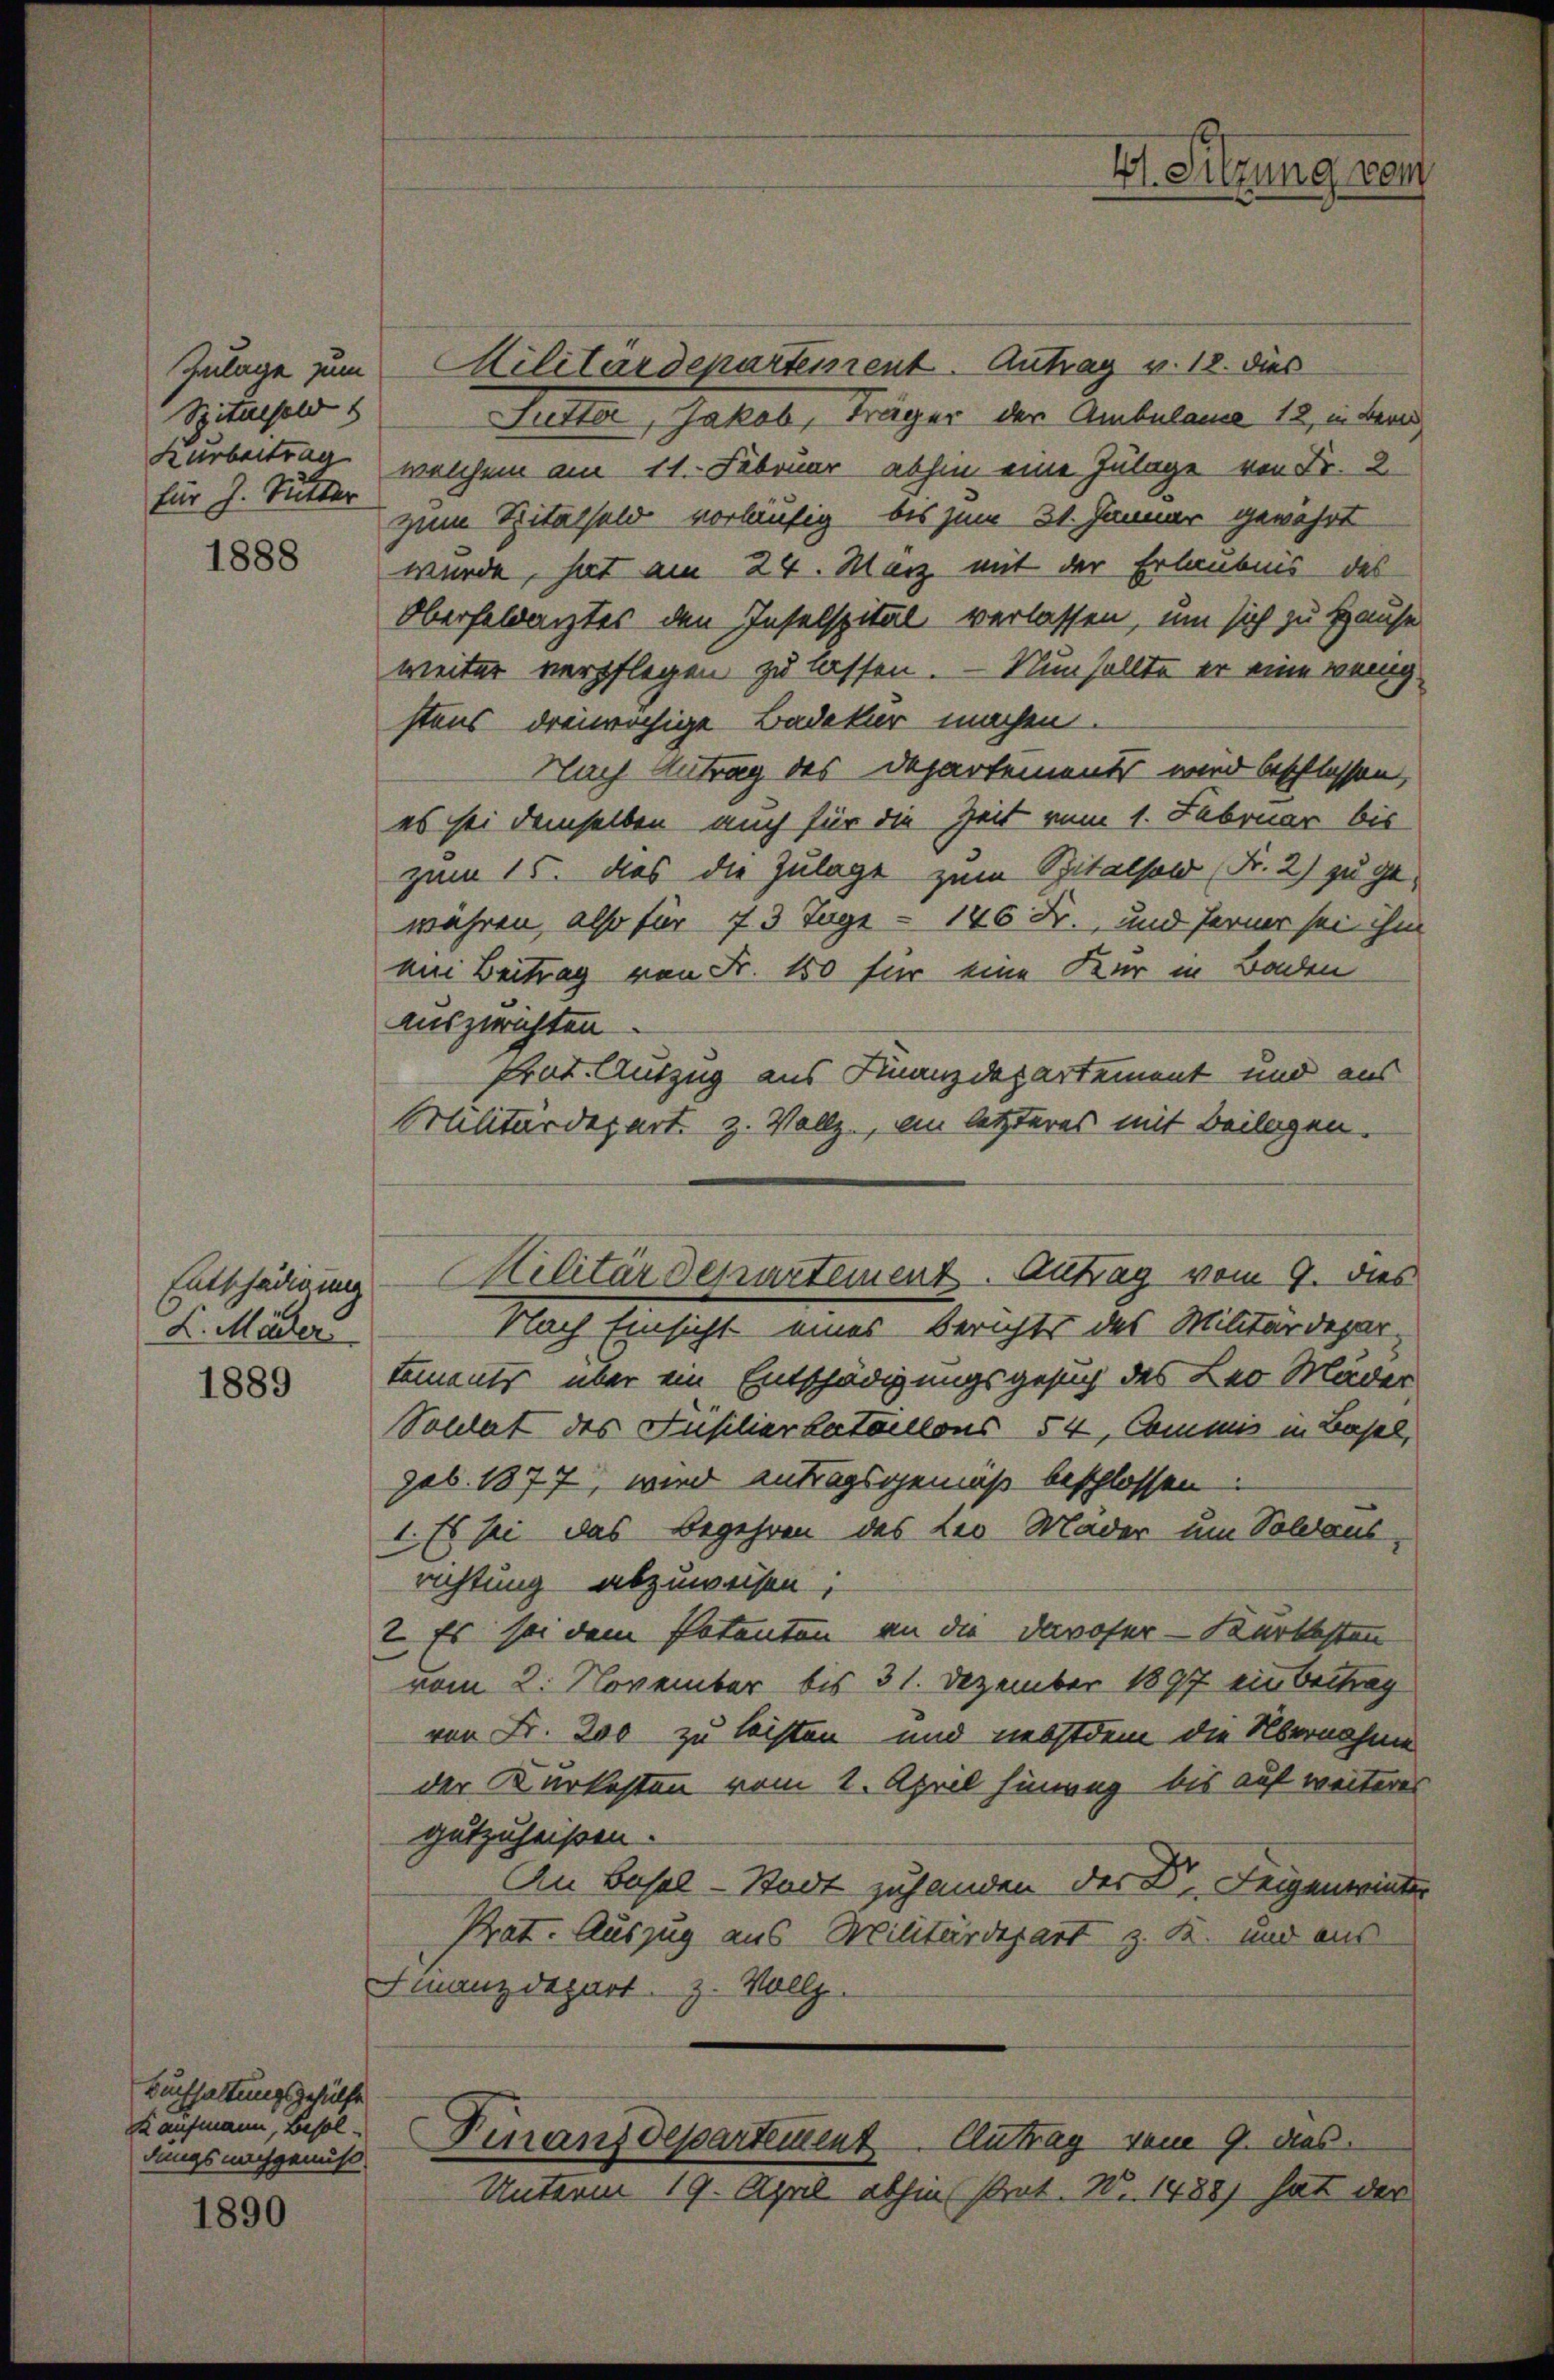
Spitalfold s
für J. Sutter
1888

Entschädigung
L. Mäder.
1889

1890

Zulage zum Militärdepartement. Antrag v. 18. dies
Sutter, Jakob, träger der Ambulane 12, in Bern
Kurbertrag, welchem am 11. Februar abhin eine Zulage von Fr. 2
zum Ritalfeld vorläufig bis zum 31. Januar gewährt
würde, hat am 24. März mit der Erlaubnis des
Oberfeldarztes den Inselspital verlassen, um sich zu Hause
weiter verpflegen zu lassen. — Nun sollte er eine wenigstens dreiwöchige Badekur machen.
Nach Antrag des Departements wird beschlossen,
es sei demselben auch für die Zeit vom 1. Februar bis
zum 15. das die Zulage zum Spitalfold Fr. 2) zu gewahren, also für 7 3 Tage - 146 Fr., und ferner sei ihm
an Beitrag von Fr. 150 für eine Kur in Baden
auszurichten.
Prat. Auszug aus Finanzdepartement und aus
Militärdepart z. Vollz, am letzteres mit Beilagen.
Nach Einsicht eines Berichts des Militärdepar-
tements über ein Entschädigungsgesuch des Leo Mäder
Soldat des Füsilierbataillons 54, Commis in Basel,
sub. 1877, wird antragsgemäß beschlossen.
1. Es sei das Begehren des Leo Mader um Soldaus
richtung abzuweisen;
2. Es sei dem Patenten an die Davoser-Karkosten
vom 2. November bis 31. Dezember 1897 ein Beitrag
von Fr. 200 zu leisten und nebstdem die Übernahme
der Kurkosten vom 1. April hinweg bis auf weiteres
gutzuheißen.
An Basel-Stadt zu handen der Dr. Feigenwinder
Prat. Auszug aus Militärdepart z. B. und aus
Finanzdepart
z. Wollge-
Kaufmann, Besol. Finanzdepartement Clutrag vom 9. des
Unterm 19. April abhin strat. N. 1488) hat der

Buchhaltungsgehülfe
dungs nachgenuß

Militärdepartement. Antrag vom 9. dies

V. Sitzung gem